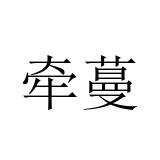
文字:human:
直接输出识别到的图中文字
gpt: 牵蔓